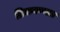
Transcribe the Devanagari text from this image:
टिकवण्यात